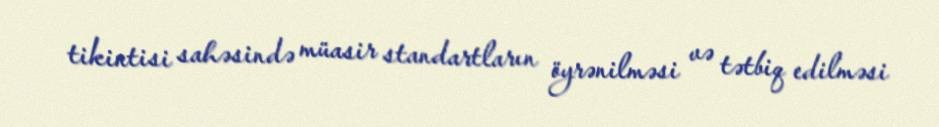
tikintisi sahəsində müasir standartların öyrənilməsi və tətbiq edilməsi